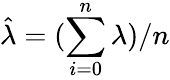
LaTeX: \hat{\lambda}=(\sum_{i=0}^{n}\lambda)/n